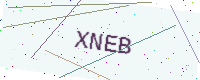
Text: XNEB